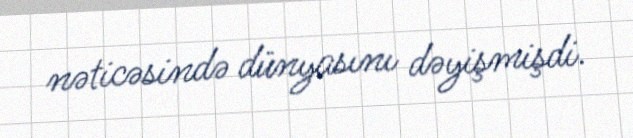
nəticəsində dünyasını dəyişmişdi.